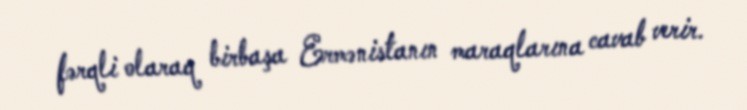
fərqli olaraq birbaşa Ermənistanın maraqlarına cavab verir.